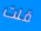
قلت